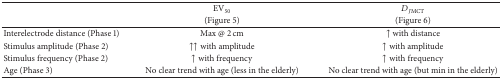
| <ROWSPAN=2>  | EV50 | DJMCT |
 | (Figure 5) | (Figure 6) |
 | --- | --- | --- |
 | Interelectrode distance (Phase 1) | Max @ 2 cm | ↑ with distance |
 | Stimulus amplitude (Phase 2) | ↑↑ with amplitude | ↑ with amplitude |
 | Stimulus frequency (Phase 2) | ↑ with frequency | ↑ with frequency |
 | Age (Phase 3) | No clear trend with age (less in the elderly) | No clear trend with age (but min in the elderly) |